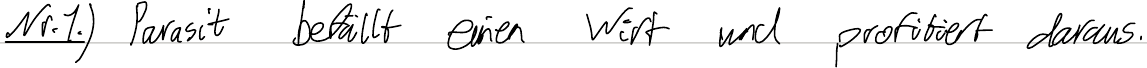
Nr.1.) Parasit befällt einen Wirt und profitiert daraus.